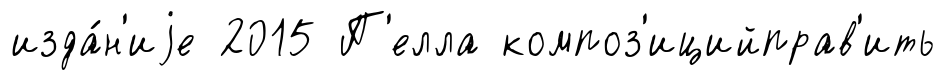
изда́н'иjе 2015 П'елла композ'ицийправ'ить